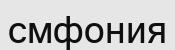
смфония